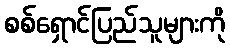
စစ်ရှောင်ပြည်သူများကို